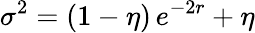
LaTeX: \sigma^{2}=(1-\eta)\, e^{-2r}+\eta